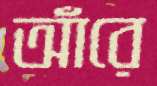
আঁরে